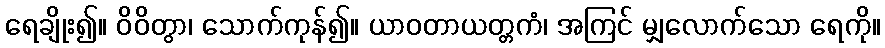
ရေချိုး၍။ ဝိဝိတွာ၊ သောက်ကုန်၍။ ယာဝတာယတ္တကံ၊ အကြင် မျှလောက်သော ရေကို။